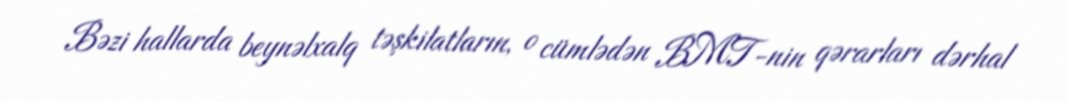
Bəzi hallarda beynəlxalq təşkilatların, o cümlədən BMT-nin qərarları dərhal